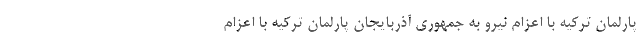
پارلمان ترکیه با اعزام نیرو به جمهوری آذربایجان پارلمان ترکیه با اعزام